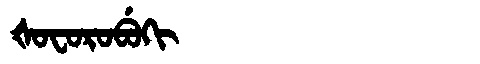
Manchu: ᡧᠣᠸᠣᡵᠣᠪᡠᡴᡳ
Romanization: ŠOFOROBUKI